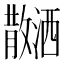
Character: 𪯝